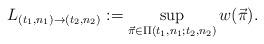
LaTeX: \begin{align*} L_{(t_1,n_1)\to(t_2,n_2)}:=\sup_{\vec{\pi}\in\Pi(t_1,n_1;t_2,n_2)}w(\vec{\pi}).\end{align*}